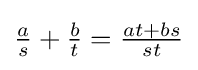
{\tfrac {a}{s}}+{\tfrac {b}{t}}={\tfrac {at+bs}{st}}